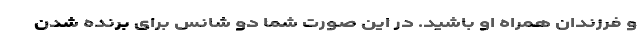
و فرزندان همراه او باشید. در این صورت شما دو شانس برای برنده شدن